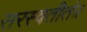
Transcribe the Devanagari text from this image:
सरस्वतीतंत्र